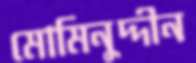
মোমিনুদ্দীন